Malaria in the Duars
Disease focus: Malaria
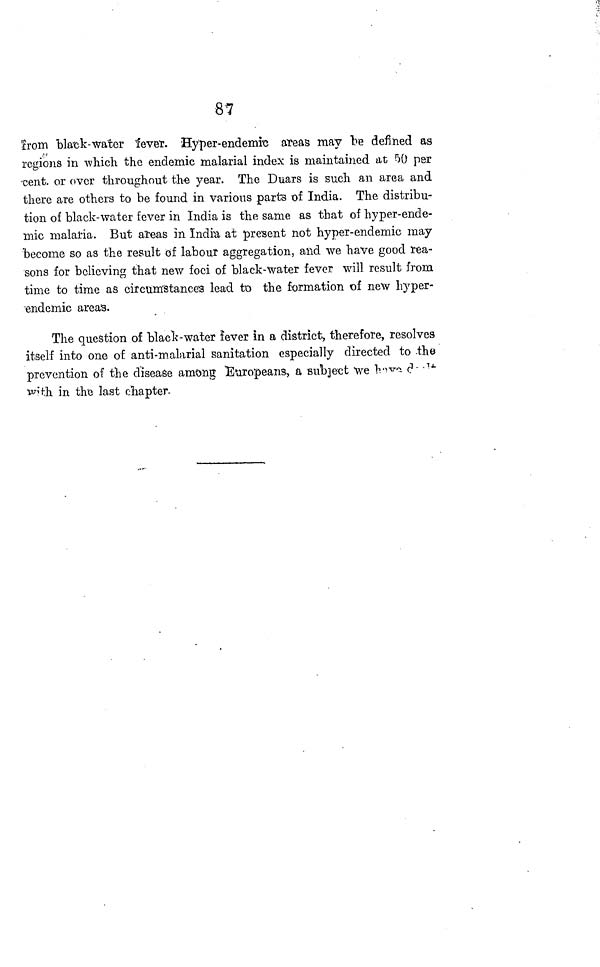
87
from black-water 'fever. Hyper-endemic areas may be defined as
regions in which the endemic malarial index is maintained at 50 per
cent. or over throughout the year. The Duars is such an area and
there are others to be found in various parts of India. The distribu-
tion of black-water fever in India is the same as that of hyper-ende-
mic malaria. But areas in India at present not hyper-endemic may
become so as the result of labour aggregation, and we have good rea-
sons for believing that new foci of black-water fever will result from
time to time as circumstance's lead to the formation of new hyper-
endemic areas.
The question of black-water fever in a district, therefore, resolves
itself into one of anti-malarial sanitation especially directed to the
prevention of the disease among Europeans, a subject we
\ill\
with in the last chapter.